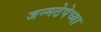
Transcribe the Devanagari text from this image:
जन्मठेपेच्या